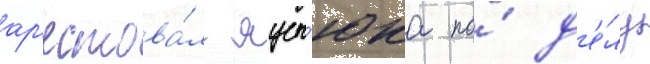
ар'естова́л яцен'юка по́ д'е́лу